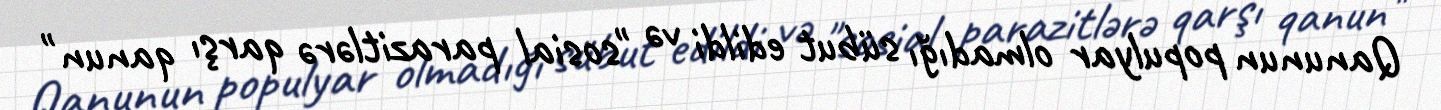
Qanunun populyar olmadığı sübut edildi və "sosial parazitlərə qarşı qanun"